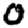
Digit: 0